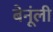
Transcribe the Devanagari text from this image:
बेनूंली